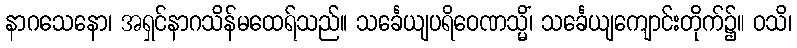
နာဂသေနော၊ အရှင်နာဂသိန်မထေရ်သည်။ သင်္ခေယျပရိဝေဏသ္မိံ၊ သင်္ခေယျကျောင်းတိုက်၌။ ဝသိ၊